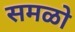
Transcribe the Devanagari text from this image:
समळो